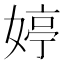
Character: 婷